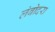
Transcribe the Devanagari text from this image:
लंबोदरा